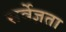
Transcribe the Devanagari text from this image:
सर्वेज्ञता